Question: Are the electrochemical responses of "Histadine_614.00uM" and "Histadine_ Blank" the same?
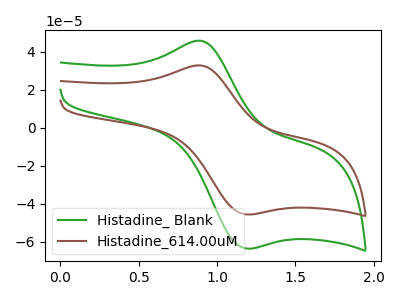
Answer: <think>The green curve "Histadine_ Blank" has an anodic peak at (0.90V, 45.95uA) and a cathodic peak at (1.20V, -63.45uA). The brown curve "Histadine_614.00uM" has an anodic peak at (0.90V, 32.95uA) and a cathodic peak at (1.20V, -45.50uA).
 All the peaks in "Histadine_614.00uM" have a peak in "Histadine_ Blank" at the same potential. Every peak in "Histadine_614.00uM" is lower than every peak in "Histadine_ Blank".</think>
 <answer>"Histadine_614.00uM" and "Histadine_ Blank" are similar in shape.</answer>
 <eval>same_shape</eval>